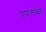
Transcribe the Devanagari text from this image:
उपलब्दी